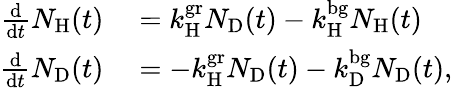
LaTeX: \begin{array}{rl}{\frac{\mathrm{d}}{\mathrm{d}t}N_{\mathrm{H}}(t)}&{{}=k_{\mathrm{H}}^{\mathrm{gr}}N_{\mathrm{D}}(t)-k_{\mathrm{H}}^{\mathrm{bg}}N_{\mathrm{H}}(t)}\\ {\frac{\mathrm{d}}{\mathrm{d}t}N_{\mathrm{D}}(t)}&{{}=-k_{\mathrm{H}}^{\mathrm{gr}}N_{\mathrm{D}}(t)-k_{\mathrm{D}}^{\mathrm{bg}}N_{\mathrm{D}}(t),}\end{array}